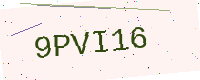
Text: 9PVI16